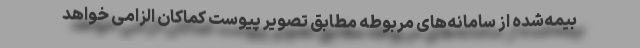
بیمه‌شده از سامانه‌های مربوطه مطابق تصویر پیوست کماکان الزامی خواهد